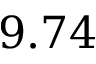
9 . 7 4